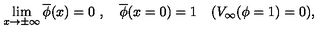
\lim _ { x \to \pm \infty } \overline { { \phi } } ( x ) = 0 \ , \quad \overline { { \phi } } ( x = 0 ) = 1 \quad ( V _ { \infty } ( \phi = 1 ) = 0 ) ,